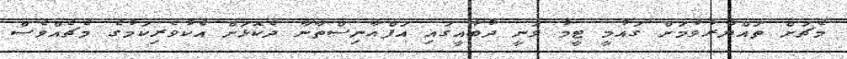
މެޗަށް ތައްޔާރުވުމަށް ގައުމީ ޓީމު ވަނީ ދުބާއީގައި އަފްޣާނިސްތާނާ ދެކޮޅަށް އެކުވެރިކަމުގެ މެޗެއްވެސް